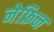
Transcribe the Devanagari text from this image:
नेफ्रिन